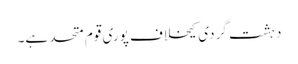
دہشت گردی کیخلاف پوری قوم متحد ہے۔